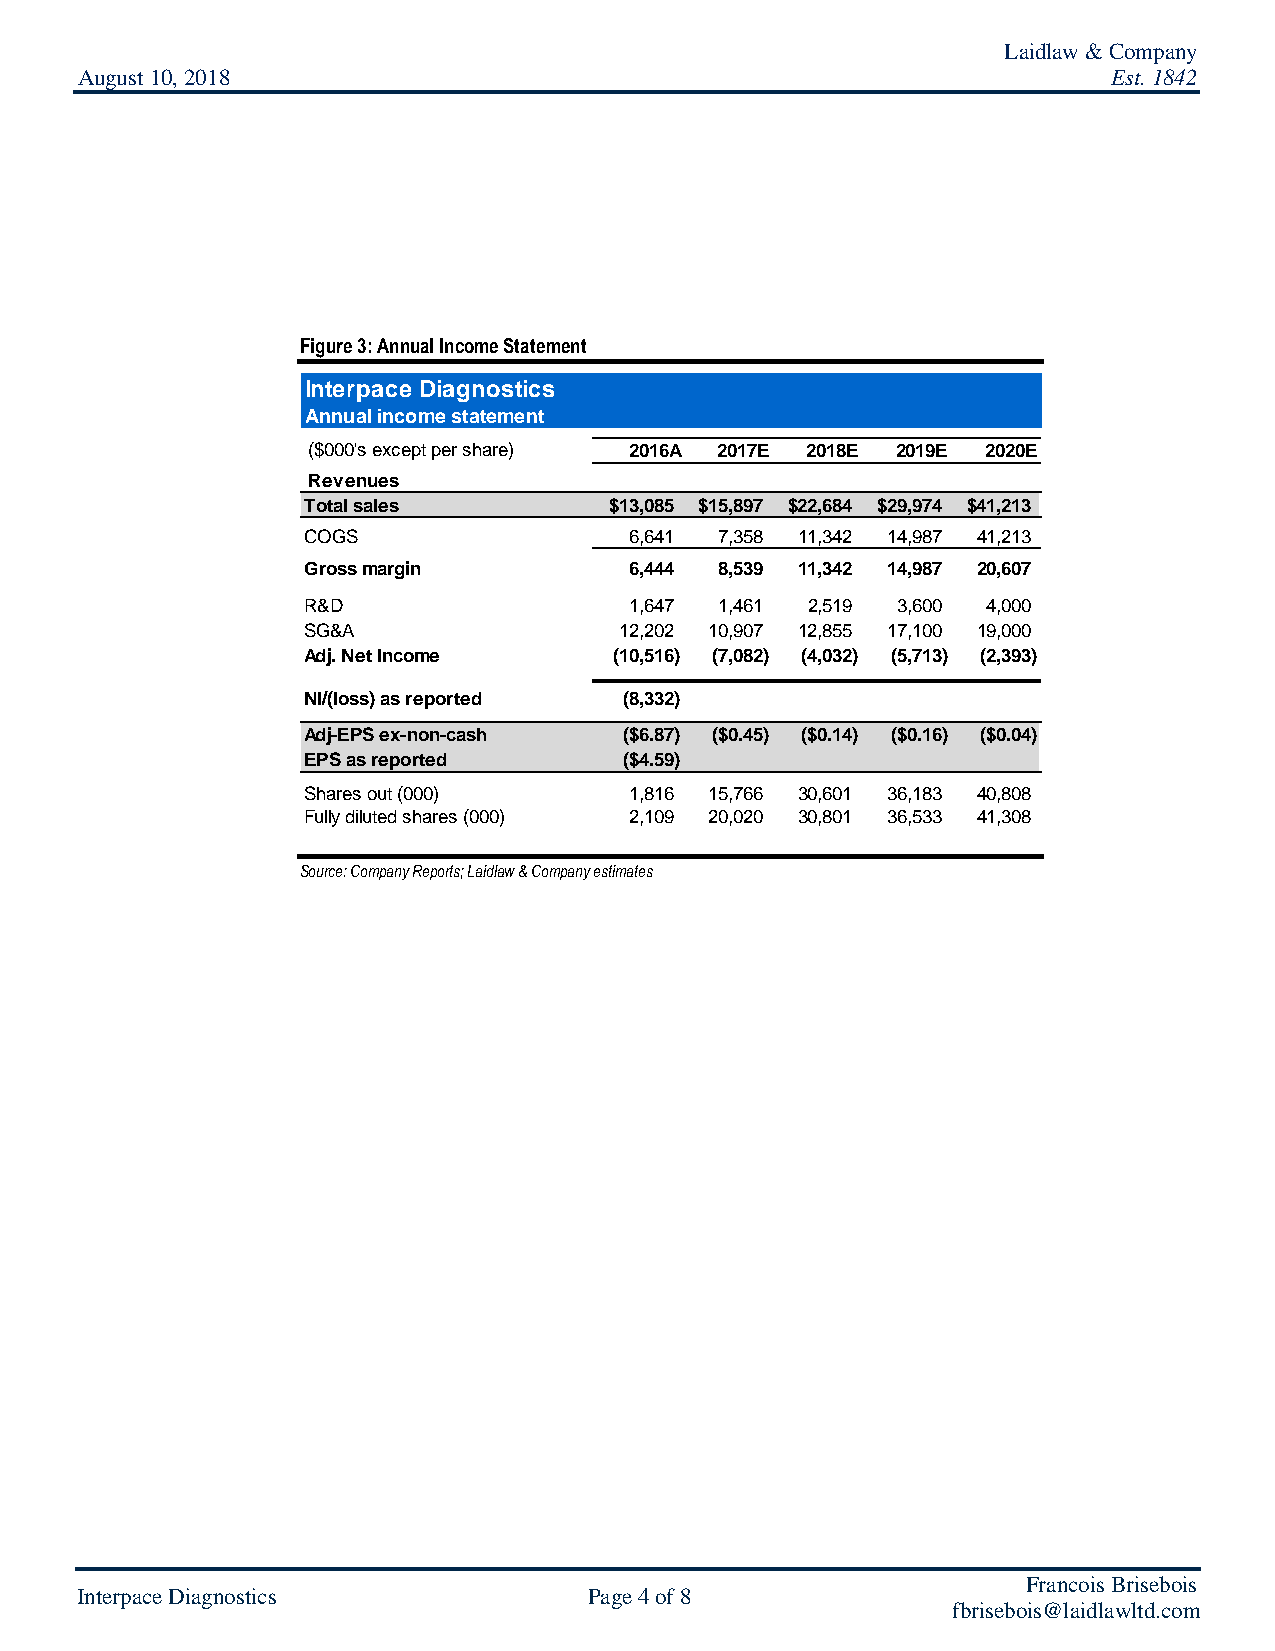
Laidlaw & Company
 August 10, 2018                                                      Est. 1842
 Figure 3: Annual Income Statement
 Interpace Diagnostics
 Annual income statement
 ($000's except per share) 2016A 2017E 2018E 2019E 2020E
 Revenues
 Total sales         $13,085 $15,897 $22,684 $29,974 $41,213
 COGS                  6,641 7,358 11,342 14,987 41,213
 Gross margin          6,444 8,539 11,342 14,987 20,607
 R&D                   1,647 1,461 2,519 3,600 4,000
 SG&A                 12,202 10,907 12,855 17,100 19,000
 Adj. Net Income      (10,516) (7,082) (4,032) (5,713) (2,393)
 NI/(loss) as reported (8,332)
 Adj-EPS ex-non-cash  ($6.87) ($0.45) ($0.14) ($0.16) ($0.04)
 EPS as reported      ($4.59)
 Shares out (000)      1,816 15,766 30,601 36,183 40,808
 Fully diluted shares (000) 2,109 20,020 30,801 36,533 41,308
 Source: Company Reports; Laidlaw & Company estimates
 Francois Brisebois
 Interpace Diagnostics             Page 4 of 8
 fbrisebois@laidlawltd.com